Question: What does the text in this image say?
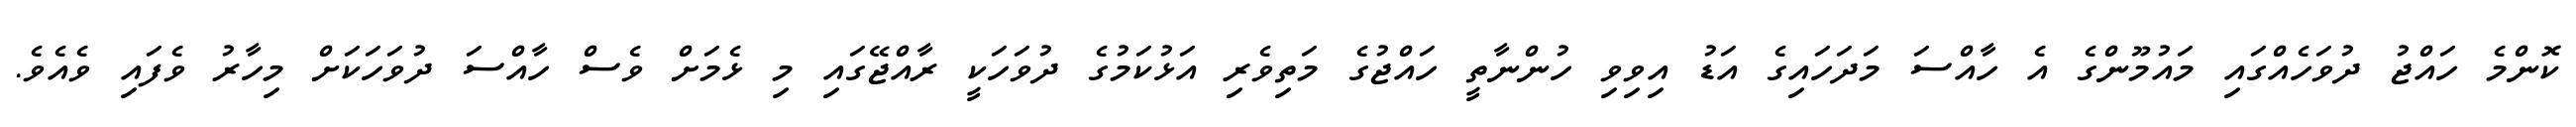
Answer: ކޮންމެ ހައްޖު ދުވަހެއްގައި މައުމޫންގެ އެ ހާއްސަ މަދަހައިގެ އަޑު އިވިވި ހުންނާތީ ހައްޖުގެ މަތިވެރި އަޅުކަމުގެ ދުވަހަކީ ރާއްޖޭގައި މި ޅެމަށް ވެސް ހާއްސަ ދުވަހަކަށް މިހާރު ވެފައި ވެއެވެ.